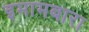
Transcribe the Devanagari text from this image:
इमामबारा